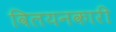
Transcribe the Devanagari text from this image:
विलयनकारी